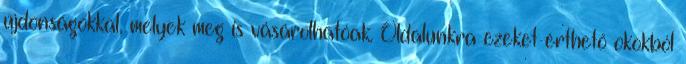
újdonságokkal, melyek meg is vásárolhatóak. Oldalunkra ezeket érthető okokból